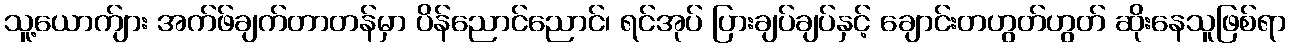
သူ့ယောက်ျား အက်ဖ်ချက်တာတန်မှာ ပိန်ညောင်ညောင်၊ ရင်အုပ် ပြားချပ်ချပ်နှင့် ချောင်းတဟွတ်ဟွတ် ဆိုးနေသူဖြစ်ရာ